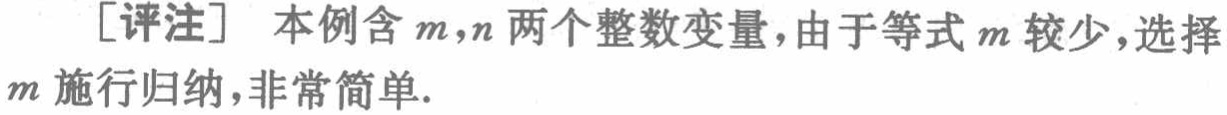
[评注] 本例含\(m,n\)两个整数变量，由于等式\(m\)较少，选择\(m\)施行归纳，非常简单.